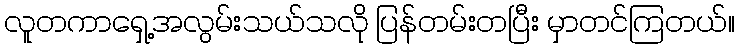
လူတကာရှေ့အလွမ်းသယ်သလို ပြန်တမ်းတပြီး မှာတင်ကြတယ်။